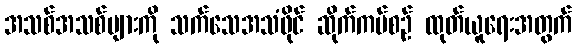
အသစ်အသစ်များကို သက်သေအသံဖိုင် ဆိုက်ကပ်စဉ် ထုတ်ယူရေးအတွက်